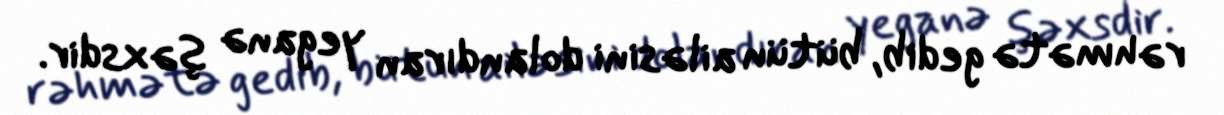
rəhmətə gedib, bütün ailəsini dolandıran yeganə şəxsdir.